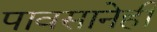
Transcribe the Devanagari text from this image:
पावसानेही